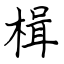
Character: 楫